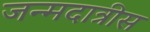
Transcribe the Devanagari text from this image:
जन्मदात्रीस